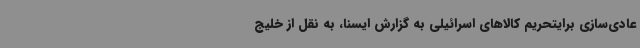
عادی‌سازی برایتحریم کالاهای اسرائیلی به گزارش ایسنا، به نقل از خلیج